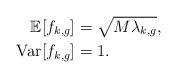
LaTeX: \begin{align*}\begin{aligned}\mathbb{E}[f_{k,g}]&=\sqrt{M\lambda_{k,g}},\\\mathrm{Var}[f_{k,g}]&=1.\end{aligned}\end{align*}